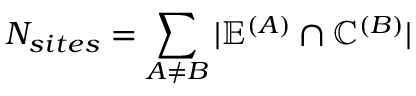
N _ { s i t e s } = \sum _ { A \ne B } | \mathbb { E } ^ { ( A ) } \cap \mathbb { C } ^ { ( B ) } |